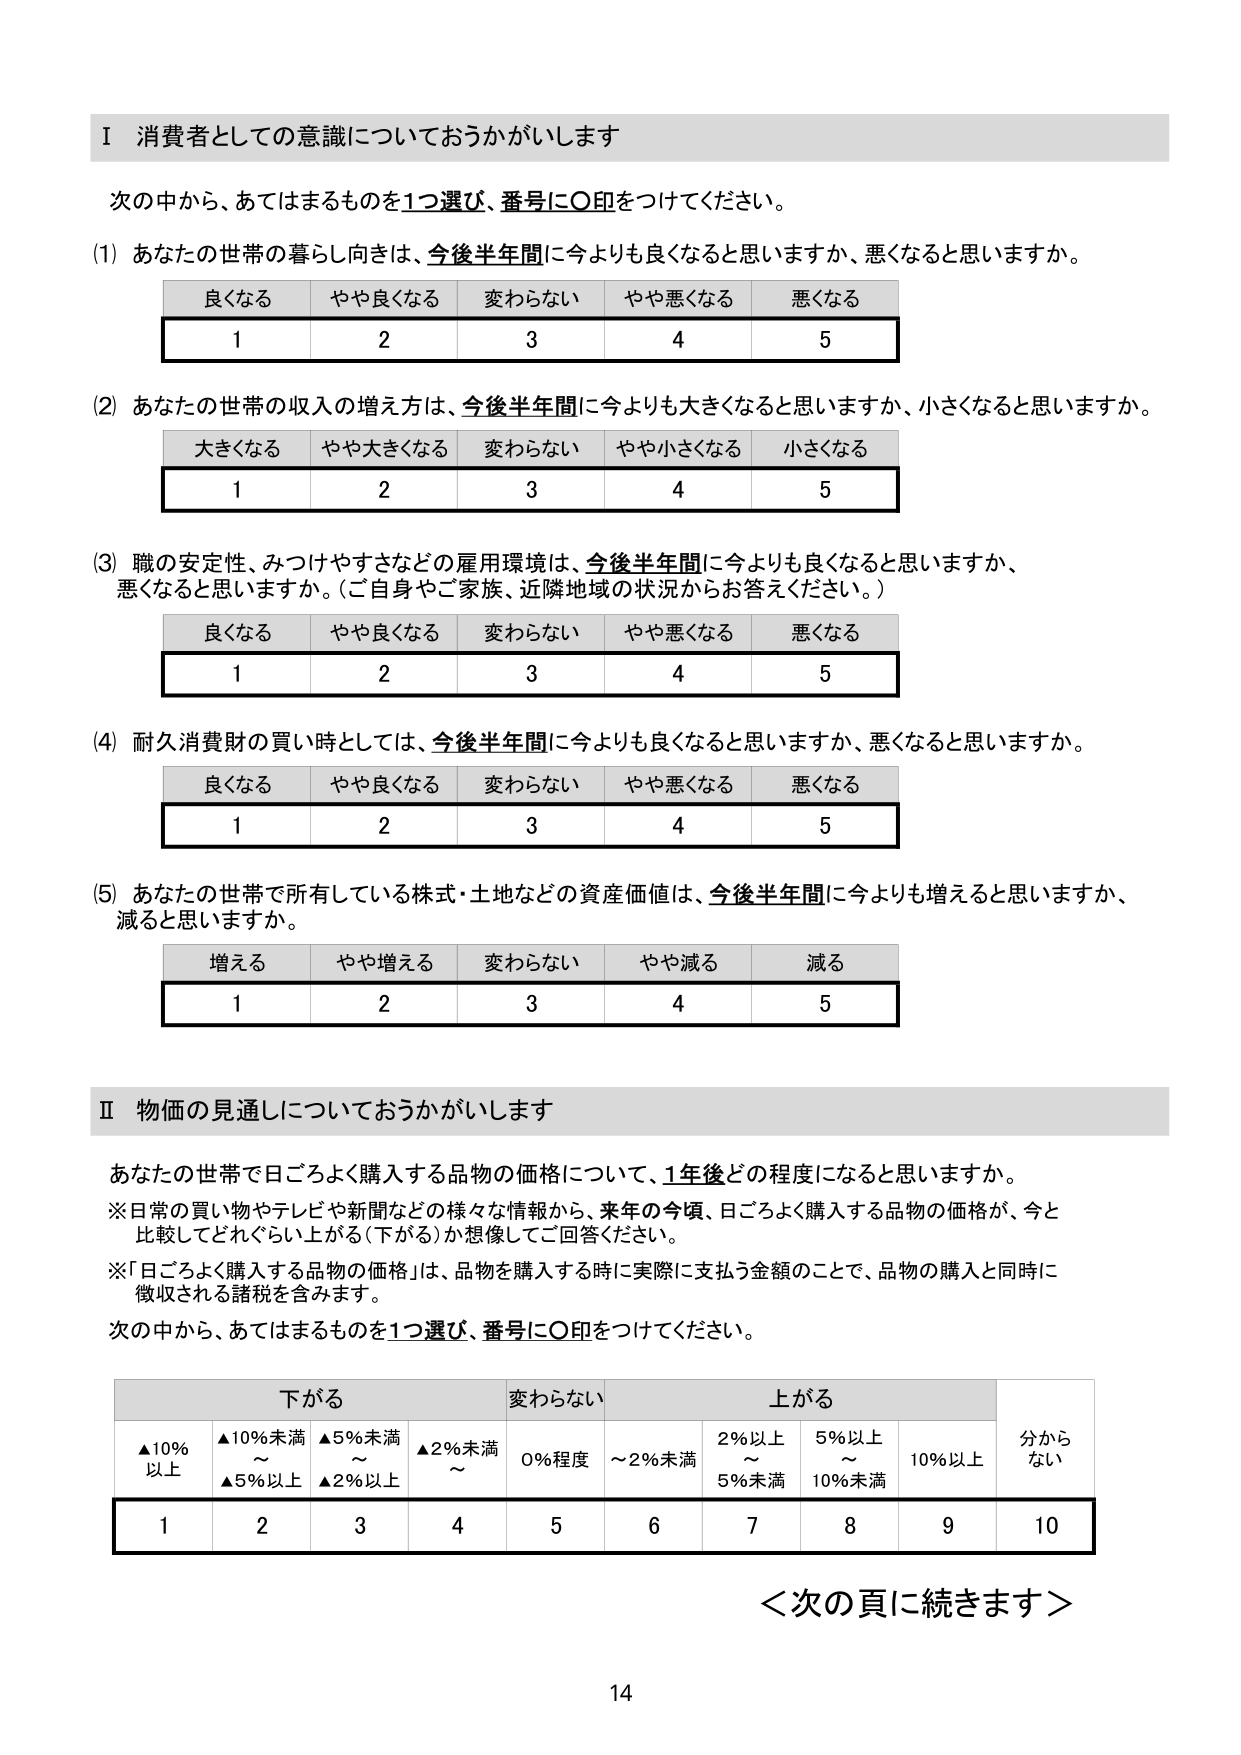
Ⅰ 消費者としての意識についておうかがいします

次の中から、あてはまるものを1つ選び、番号に○印をつけてください。

(1) あなたの世帯の暮らし向きは、今後半年間に今よりも良くなると思いますか、悪くなると思いますか。

良くなる　やや良くなる　変わらない　やや悪くなる　悪くなる
1　　　　　2　　　　　　3　　　　　　4　　　　　　5

(2) あなたの世帯の収入の増え方は、今後半年間に今よりも大きくなると思いますか、小さくなると思いますか。

大きくなる　やや大きくなる　変わらない　やや小さくなる　小さくなる
1　　　　　　2　　　　　　　　3　　　　　　4　　　　　　　5

(3) 職の安定性、みつけやすさなどの雇用環境は、今後半年間に今よりも良くなると思いますか、悪くなると思いますか。（ご自身やご家族、近隣地域の状況からお答えください。）

良くなる　やや良くなる　変わらない　やや悪くなる　悪くなる
1　　　　　2　　　　　　3　　　　　　4　　　　　　5

(4) 耐久消費財の買い時としては、今後半年間に今よりも良くなると思いますか、悪くなると思いますか。

良くなる　やや良くなる　変わらない　やや悪くなる　悪くなる
1　　　　　2　　　　　　3　　　　　　4　　　　　　5

(5) あなたの世帯で所有している株式・土地などの資産価値は、今後半年間に今よりも増えると思いますか、減ると思いますか。

増える　やや増える　変わらない　やや減る　減る
1　　　　2　　　　　　3　　　　　　4　　　　5

Ⅱ 物価の見通しについておうかがいします

あなたの世帯で日ごろよく購入する品物の価格について、1年後どの程度になると思いますか。

※日常の買い物やテレビや新聞などの様々な情報から、来年の今頃、日ごろよく購入する品物の価格が、今と比較してどれぐらい上がる（下がる）か想像してご回答ください。

※「日ごろよく購入する品物の価格」は、品物を購入する時に実際に支払う金額のことで、品物の購入と同時に徴収される諸税を含みます。

次の中から、あてはまるものを1つ選び、番号に○印をつけてください。

下がる　　　　　　　変わらない　　　　　上がる　　　　　　　分からない
▲10%以上　　　▲10%未満～▲5%以上　▲5%未満～▲2%以上　▲2%未満～　0%程度　～2%未満　2%以上～5%未満　5%以上～10%未満　10%以上
1　　　　　　　　2　　　　　　　　　　3　　　　　　　　　　4　　　　　　5　　　　　　6　　　　　　　　　　7　　　　　　　　　　8　　　　　　9　　　　　　10

＜次の頁に続きます＞

14